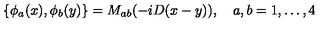
\{ \phi _ { a } ( x ) , \phi _ { b } ( y ) \} = M _ { a b } ( - i D ( x - y ) ) , \quad a , b = 1 , \ldots , 4